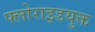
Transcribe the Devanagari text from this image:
फ्लोराइडयुक्त